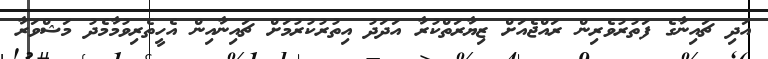
އަދި ޗައިނާގެ ފަތުރުވެރިން ރައްޖެއަށް ޒިޔާރަތްކުރާ އަދަދު އިތުރުކުރުމަށް ޗައިނާއިން އެހީތެރިވުމާމެދު މަޝްވަރާ